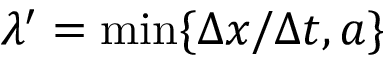
\lambda ^ { \prime } = \operatorname* { m i n } \{ \Delta x / \Delta t , a \}